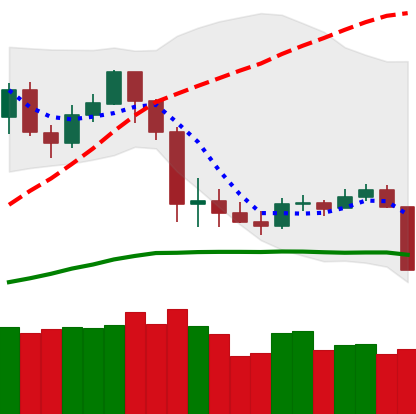
Ticker: LTC-USD
Chart end date: 2020-03-08
Forward return: -27.626%
Label: down_7plus